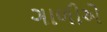
ગાળીએ